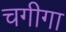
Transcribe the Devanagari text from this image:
चगीगा